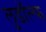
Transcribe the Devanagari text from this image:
लुडॉल्फ